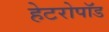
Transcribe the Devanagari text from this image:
हेटरोपॉड